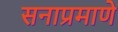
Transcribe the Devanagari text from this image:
सनाप्रमाणे